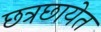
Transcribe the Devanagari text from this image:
छत्रछायेत